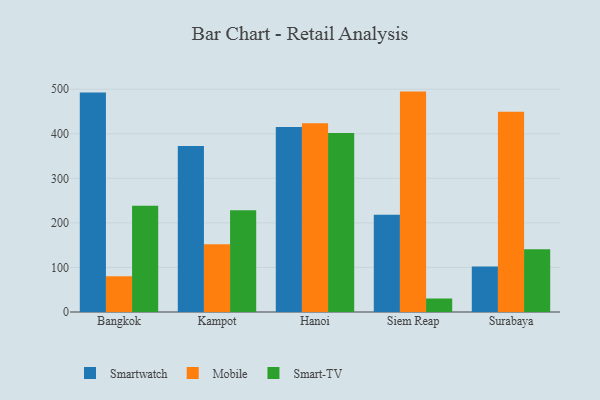
{"axis": {"x": "City", "y": "Customer Acquisition Cost (USD)"}, "legend": ["Mobile", "Smart-TV", "Smartwatch"], "data": [{"x": "Bangkok", "y": 492.5, "type": "Smartwatch"}, {"x": "Bangkok", "y": 80.2, "type": "Mobile"}, {"x": "Bangkok", "y": 238.5, "type": "Smart-TV"}, {"x": "Kampot", "y": 372.7, "type": "Smartwatch"}, {"x": "Kampot", "y": 151.9, "type": "Mobile"}, {"x": "Kampot", "y": 228.5, "type": "Smart-TV"}, {"x": "Hanoi", "y": 415.3, "type": "Smartwatch"}, {"x": "Hanoi", "y": 423.4, "type": "Mobile"}, {"x": "Hanoi", "y": 401.6, "type": "Smart-TV"}, {"x": "Siem Reap", "y": 218.5, "type": "Smartwatch"}, {"x": "Siem Reap", "y": 494.6, "type": "Mobile"}, {"x": "Siem Reap", "y": 30.3, "type": "Smart-TV"}, {"x": "Surabaya", "y": 101.9, "type": "Smartwatch"}, {"x": "Surabaya", "y": 449.2, "type": "Mobile"}, {"x": "Surabaya", "y": 140.7, "type": "Smart-TV"}]}